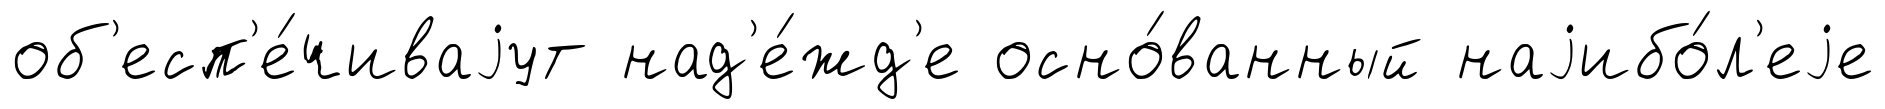
об'есп'е́чиваjут над'е́жд'е осно́ванный наjибо́л'еjе